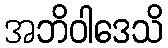
အဘိဝါဒေသိ